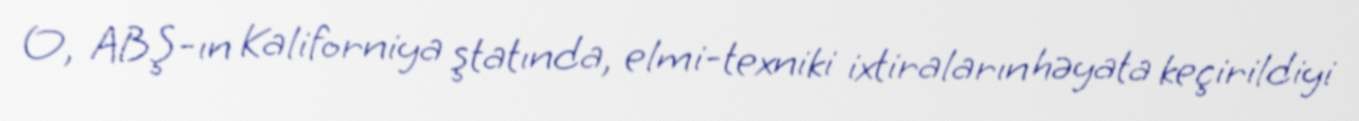
O, ABŞ-ın Kaliforniya ştatında, elmi-texniki ixtiraların həyata keçirildiyi